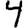
Digit: 4